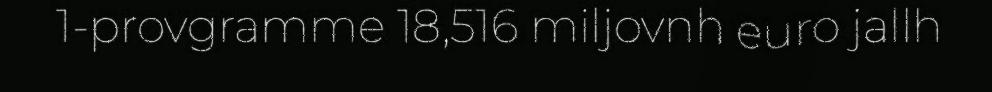
1-provgramme 18,516 miljovnh euro jallh